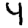
Digit: 4